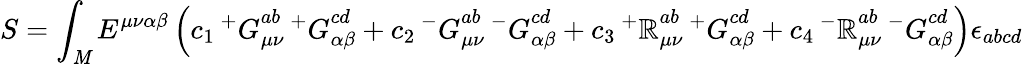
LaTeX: S=\int_{\mathit{M}}E^{\mu\nu\alpha\beta}\left(c_{1}\, {^+G}_{\mu\nu}^{ab}\, {^+G}_{\alpha\beta}^{cd}+c_{2}\, {^-G}_{\mu\nu}^{ab}\, {^-G}_{\alpha\beta}^{cd}+c_{3}\, {^+{\cal\mathbb{R}}}_{\mu\nu}^{ab}\, {^+G}_{\alpha\beta}^{cd}+c_{4}\, {^-{\cal\mathbb{R}}}_{\mu\nu}^{ab}\, {^-G}_{\alpha\beta}^{cd}\right)\epsilon_{abcd}